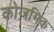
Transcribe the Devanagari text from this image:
कोज़मिक